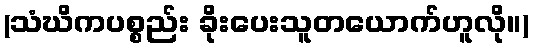
(သံဃိကပစ္စည်း ခိုးပေးသူတယောက်ဟူလို။)